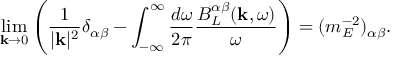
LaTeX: \operatorname * { l i m } _ { { \bf k } \to 0 } \left( \frac { 1 } { | { \bf k } | ^ { 2 } } \delta _ { \alpha \beta } - \int _ { - \infty } ^ { \infty } \frac { d \omega } { 2 \pi } \frac { B _ { L } ^ { \alpha \beta } ( { \bf k } , \omega ) } { \omega } \right) = ( m _ { E } ^ { - 2 } ) _ { \alpha \beta } .